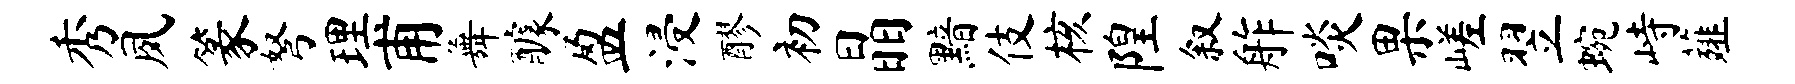
秀夙篆弩理甫舞醵盈浸醪初晶黯伎核隍叙舴啖果嵯翌蜿峙薤